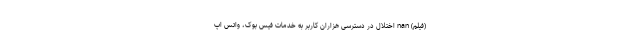
(فیلم) nan اختلال در دسترسی هزاران کاربر به خدمات فیس بوک، واتس اپ